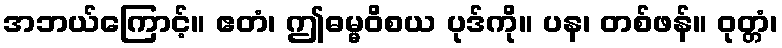
အဘယ်ကြောင့်။ ဧတံ၊ ဤဓမ္မဝိစယ ပုဒ်ကို။ ပန၊ တစ်ဖန်။ ဝုတ္တံ၊